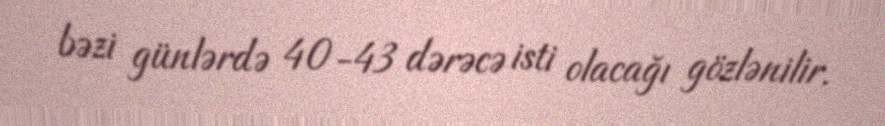
bəzi günlərdə 40-43 dərəcə isti olacağı gözlənilir.